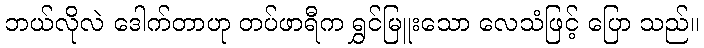
ဘယ်လိုလဲ ဒေါက်တာဟု တပ်ဖာရီက ရွှင်မြူးသော လေသံဖြင့် ပြော သည်။